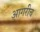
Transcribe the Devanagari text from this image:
आगरीच